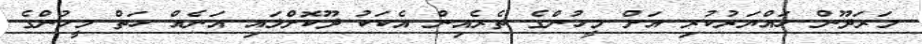
މަރަދޫން ހައްޔަރުކުރި އަށް މީހުންގެ ތެރެއިން އެކަކު ދޫކޮށްލައި އަނެއް ހަތް މީހުންގެ